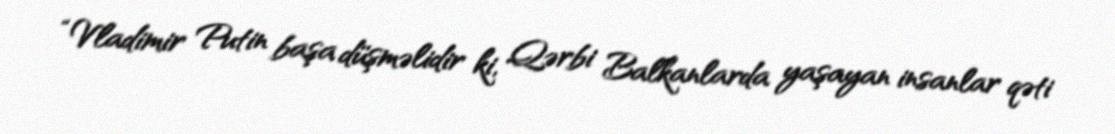
“Vladimir Putin başa düşməlidir ki, Qərbi Balkanlarda yaşayan insanlar qəti